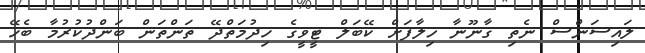
ލައިސަންސް ނެތި ގާނޫނާ ޚިލާފަށް ކޭބަލް ޓީވީގެ ހިދުމަތްދޭ ތަންތަން ބަންދުކުރުމާ ބެހޭ